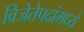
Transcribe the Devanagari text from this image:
विजेतेपदांमध्ये